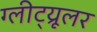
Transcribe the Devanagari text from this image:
ग्लीट्य्रूलर